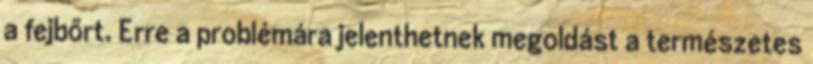
a fejbőrt. Erre a problémára jelenthetnek megoldást a természetes